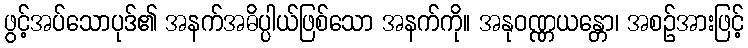
ဖွင့်အပ်သောပုဒ်၏ အနက်အဓိပ္ပါယ်ဖြစ်သော အနက်ကို။ အနုဝဏ္ဏယန္တော၊ အစဉ်အားဖြင့်